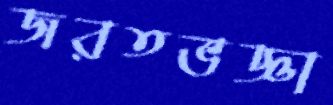
জরতভজ্ঞা